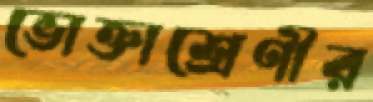
ভোক্তাশ্রেণীর